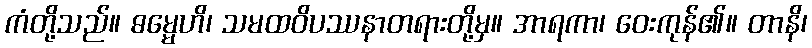
ကံတို့သည်။ ဓမ္မေဟိ၊ သမထဝိပဿနာတရားတို့မှ။ အာရကာ၊ ဝေးကုန်၏။ တာနိ၊